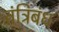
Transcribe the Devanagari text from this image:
तंत्रिबंध